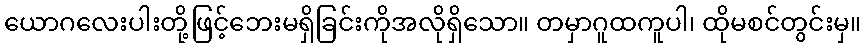
ယောဂလေးပါးတို့ဖြင့်ဘေးမရှိခြင်းကိုအလိုရှိသော။ တမှာဂူထကူပါ၊ ထိုမစင်တွင်းမှ။